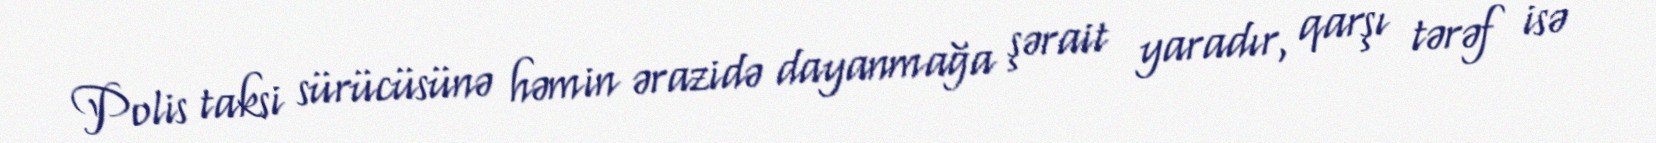
Polis taksi sürücüsünə həmin ərazidə dayanmağa şərait yaradır, qarşı tərəf isə